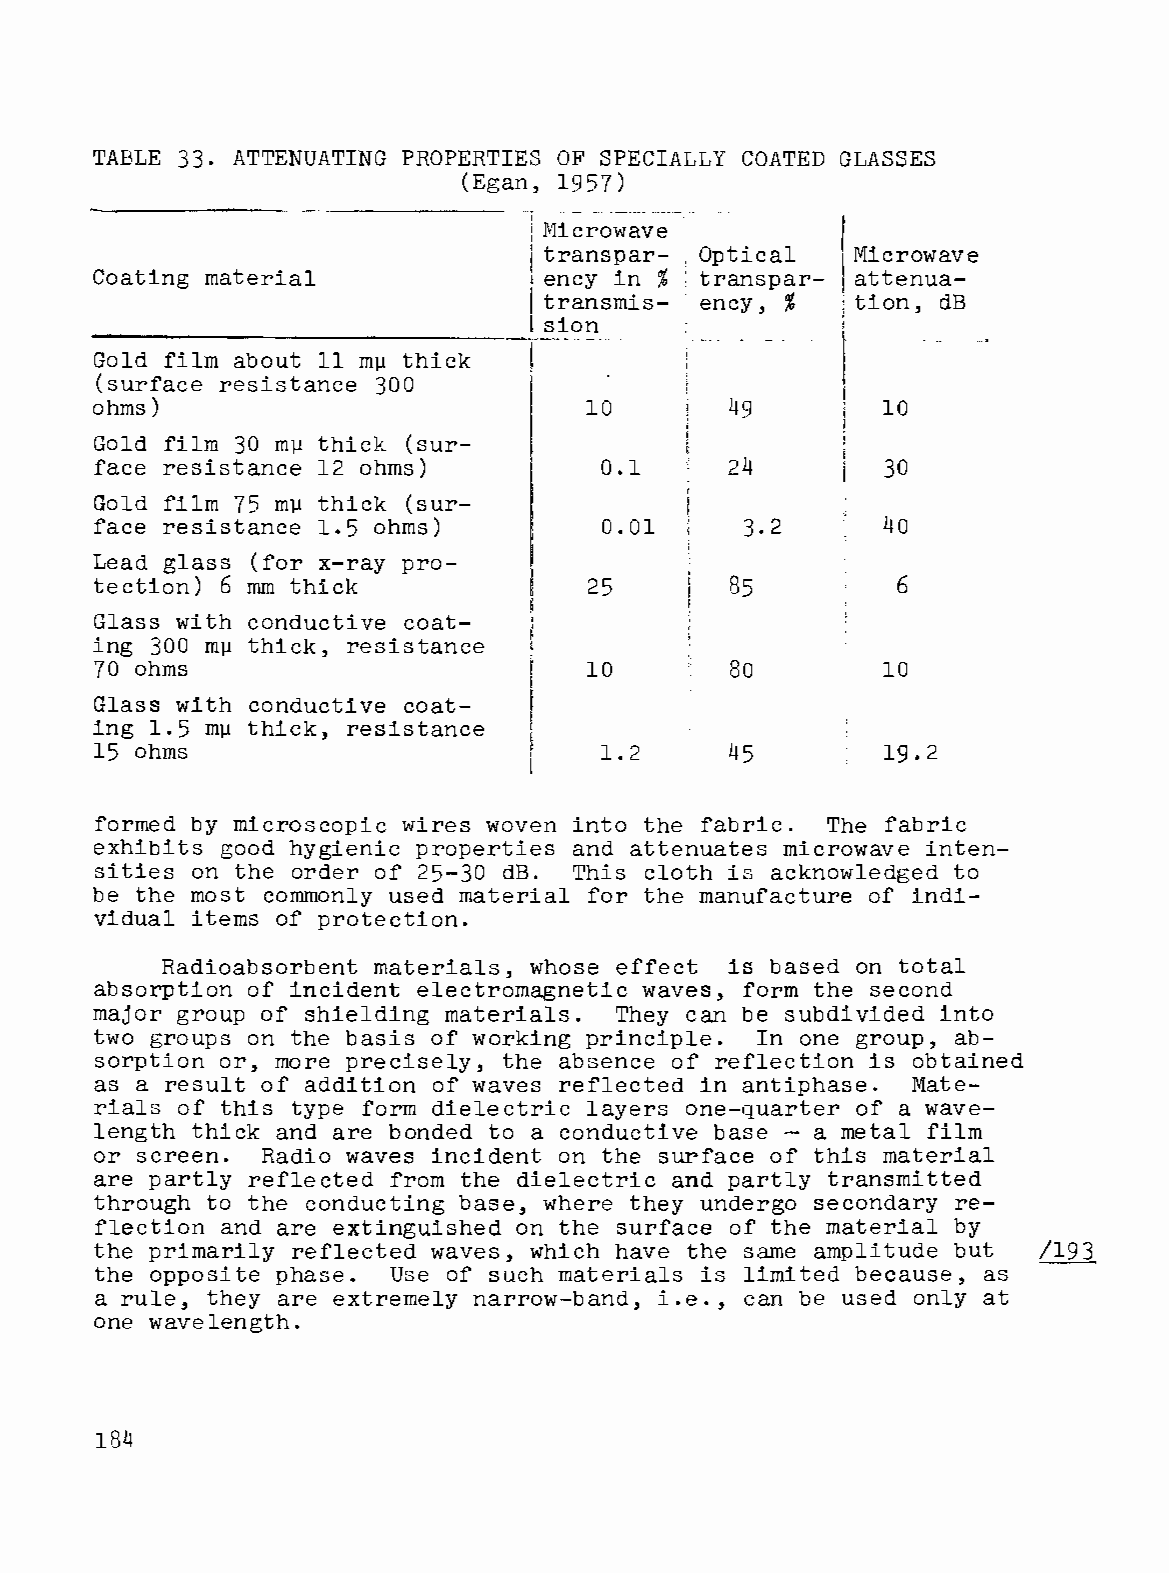
TABLE 33. ATTENUATING PROPERTIES OF SPECIALLY COATED GLASSES
 (Egan, 1957)
 I    .. ....
 .~--~ ~
 j Microwave
 1 transpar- , Optical Microwave
 Coating material             1ency in % : transpar­ attenua­
 l t:ansmis­ ency, %  t
 tion, dB
 Slon
 Gold film about 11   thick
 m~
 (surface resistance 300
 ohms)                            10               I  10
 Gold film 30 m~ thick (sur­
 face resistance 12 ohms)          0.1     24         30
 Gold film 75 m~ thick (sur­
 face resistance 1.5 ohms)         0.01               40
 Lead glass (for x-ray pro­
 tection) 6 mm thick              25       85          6
 Glass with conductive coat­
 ing 300   thick, resistance
 m~
 70 ohms                          10       80         10
 Glass with conductive coat­
 ing 1.5   thick, resistance
 m~
 15 ohms                           1.2     45         19.2
 formed by microscopic wires woven into the fabric. The fabric
 exhibits good hygienic properties and attenuates microwave inten­
 sities on the order of 25-30 dB. This cloth is acknowledged to
 be the most commonly used material for the manufacture of indi­
 vidual items of protection.
 Radioabsorbent materials, whose effect is based on total
 absorption of incident electromagnetic waves, form the second
 major group of shielding materials. They can be subdivided into
 two groups on the basis of working principle. In one group, ab­
 sorption or, more precisely, the absence of reflection is obtained
 as a result of addition of waves reflected in antiphase. Mate­
 rials of this type form dielectric layers one-quarter of a wave­
 length thick and are bonded to a conductive base - a metal film
 or screen. Radio waves incident on the surface of this material
 are partly reflected from the dielectric and partly transmitted
 through to the conducting base, where they undergo secondary re­
 flection and are extinguished on the surface of the material by
 the primarily reflected waves, which have the same amplitude but /193
 the opposite phase. Use of such materials is limited because, as
 a rule, they are extremely narrow-band, i.e., can be used only at
 one wavelength.
 184